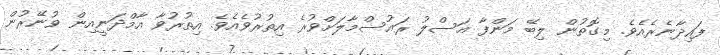
ފައިދާނެރެއެވެ. މިގޮތުން ލިބޭ މަންފާ އަސްލު ރައުސްމާލަށްވުރެ އިތުރުވެއެވެ. އިތުރުވާ އާމްދަނީއިން ވުނޭރުން